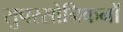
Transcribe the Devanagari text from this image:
सुपरसोनिकनों